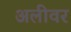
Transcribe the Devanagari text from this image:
अलीवर